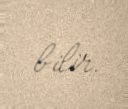
bilir.